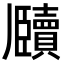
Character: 𬼕